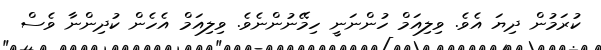
ކުރަމުން ދިޔަ އެވެ. ވިލިއަމް ހުންނަނީ ހިމޭނުންނެވެ. ވިލިއަމް އެހެން ކުދިންނާ ވެސް